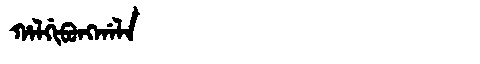
Manchu: ᡥᠠᠯᡤᡳᠪᡠᠩᡤᠠᠯᠠ
Romanization: HALGIBUNGGALA